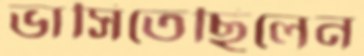
ভাসিতেছিলেন